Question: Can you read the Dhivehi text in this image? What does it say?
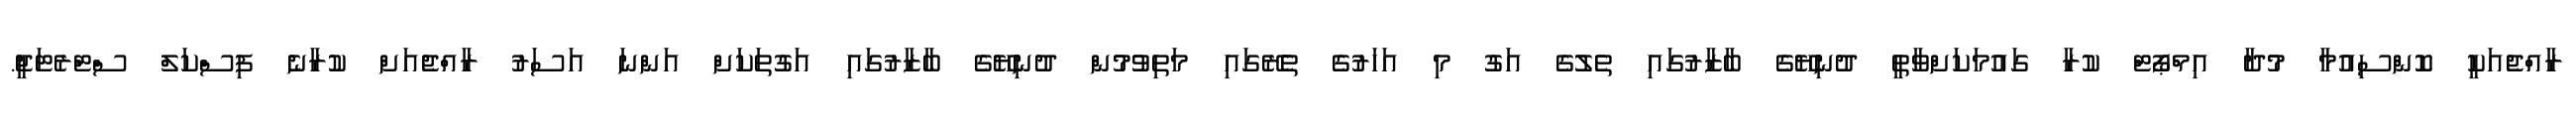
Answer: ރާއްޖެއަކީ ކޮންސިއުމާ މުދާ އިމްޕޯޓް ކުރާ ގައުމަކަށްވާތީ ދުނިޔޭގެ ބާޒާރުގައި ތެލުގެ އަގު މި އަހަރުގެ ތެރޭގައި މަތިވުމުން ދުނިޔޭގެ ބާޒާރުގައި އަގުތަކަށް އަންނަ އަސަރު ރާއްޖެއަށް ކުރާނެ ފިސްކަލް ސްޓްރެޓަޖީ.